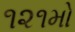
૧૨૧મો